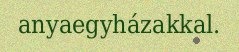
anyaegyházakkal.